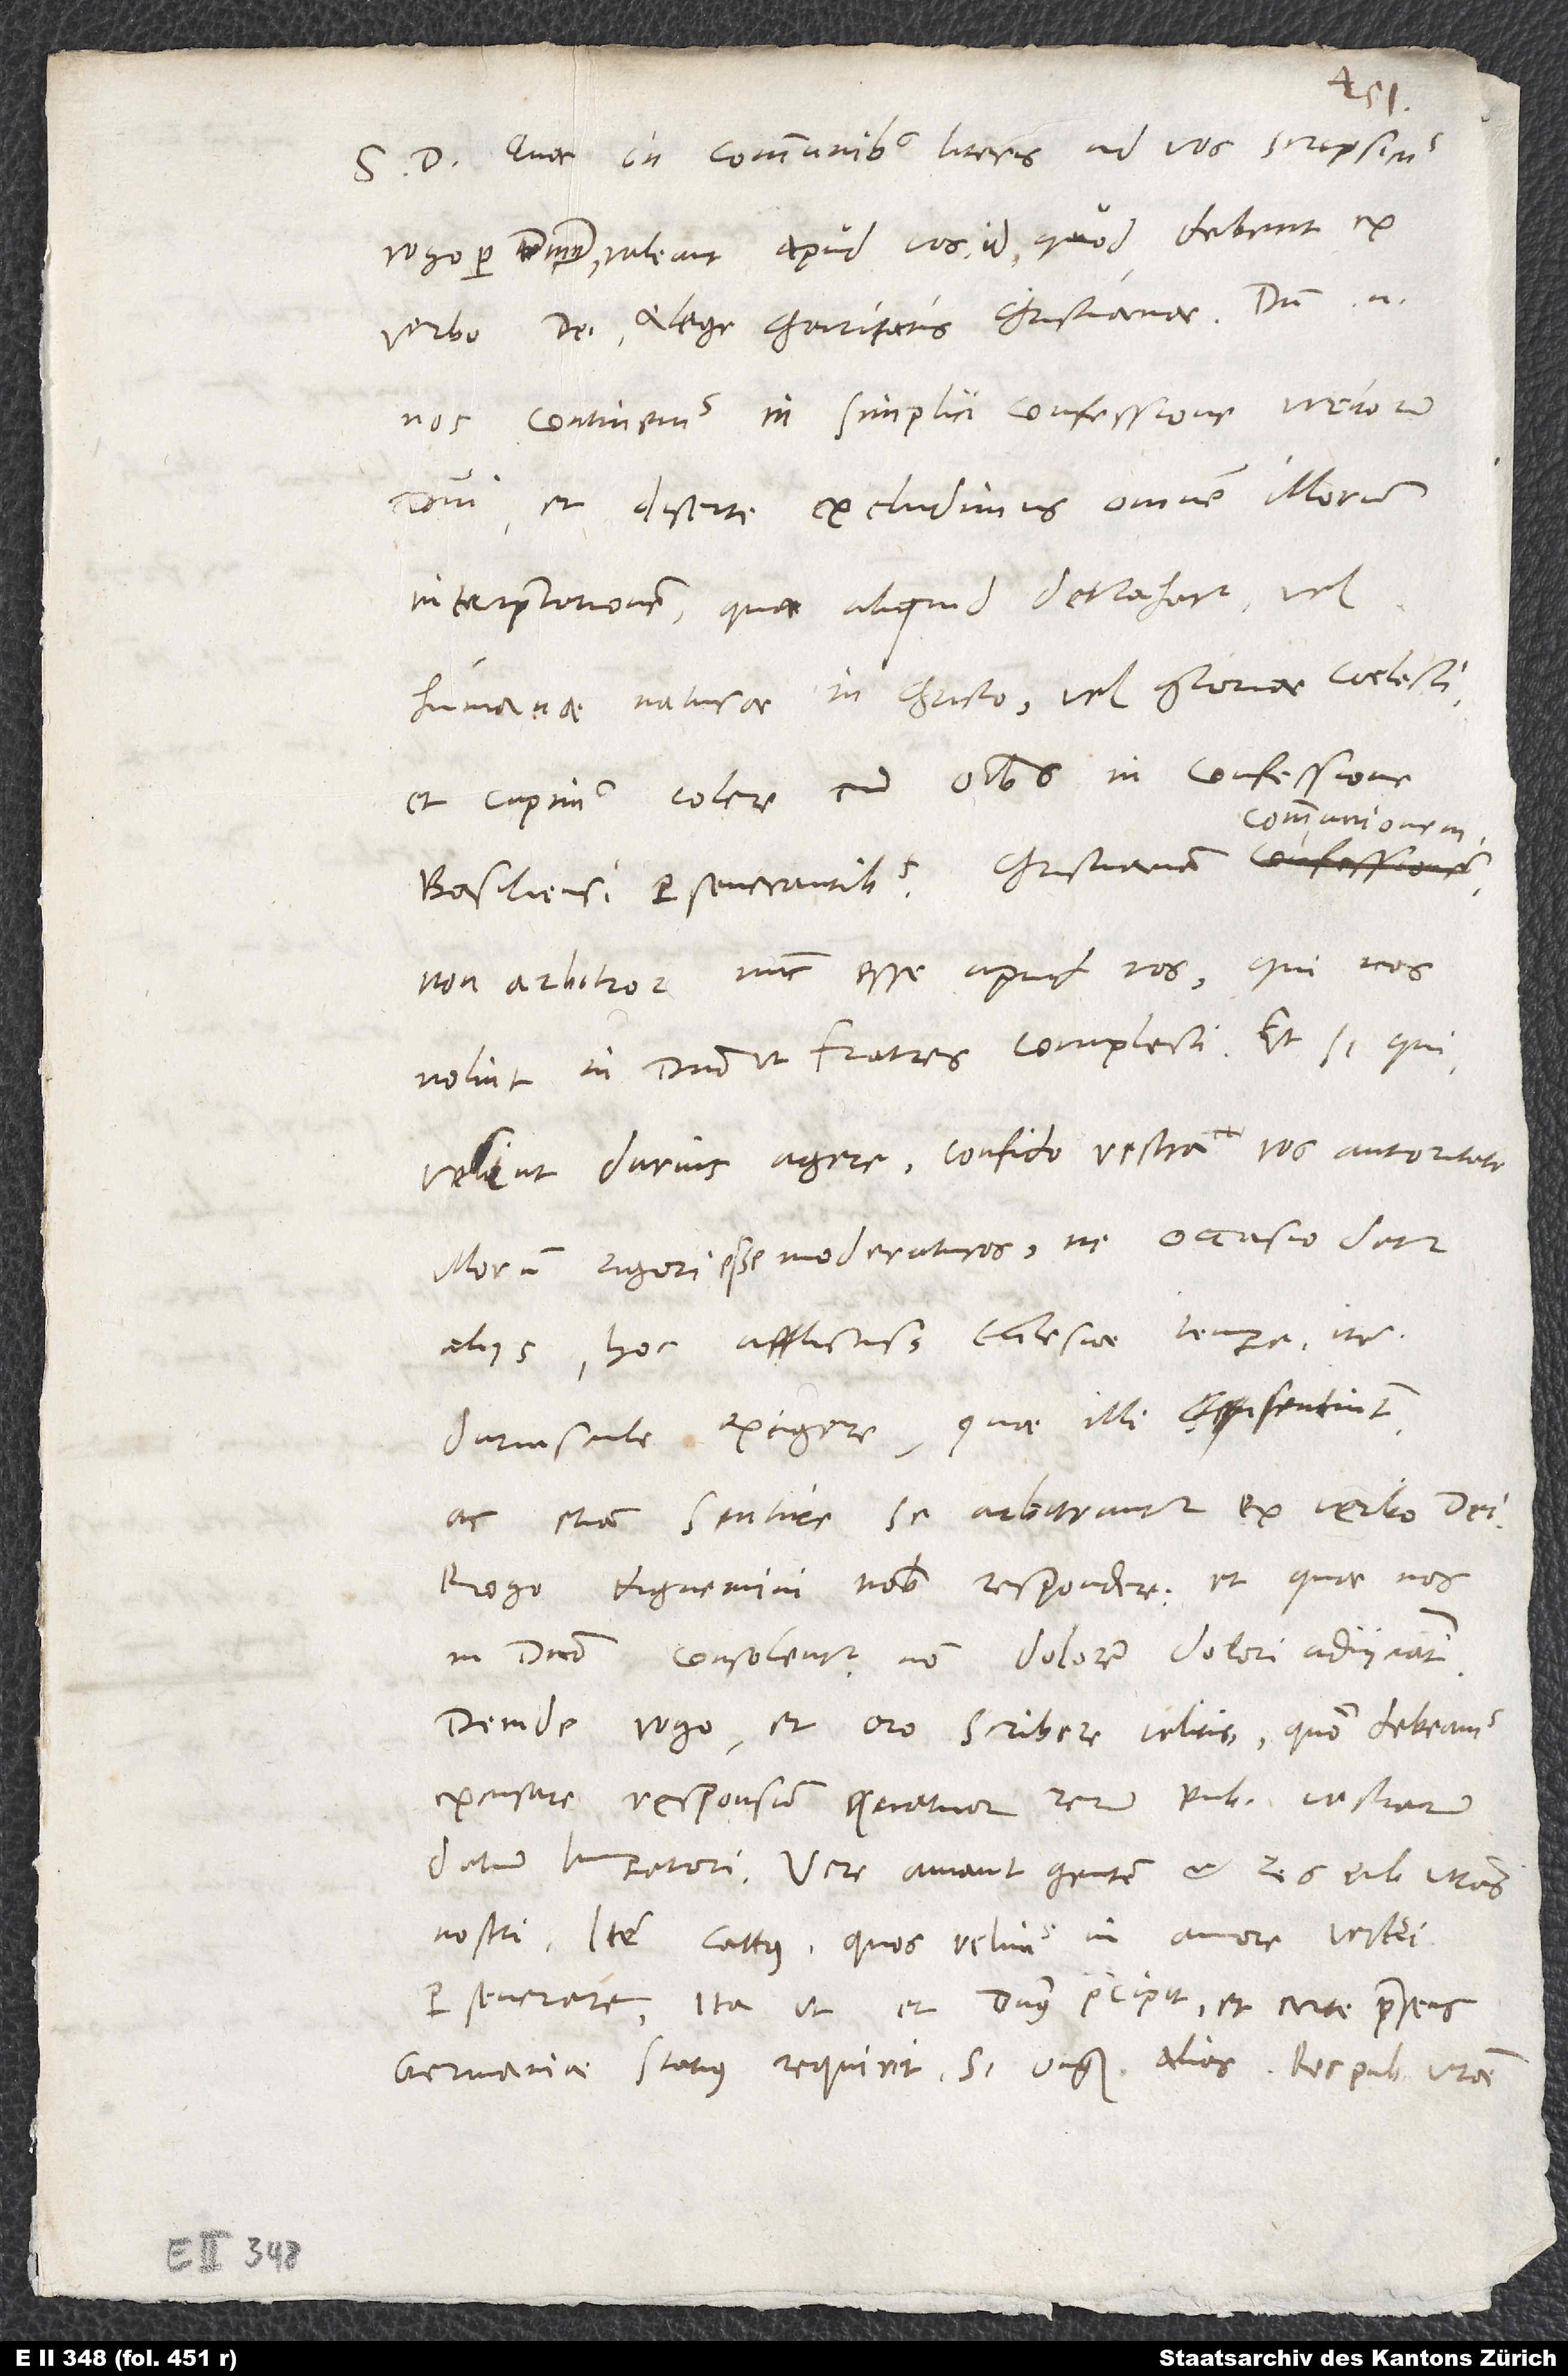
S. D. Quae in communibus literis ad vos scripsimus,
rogo per dominum, valeant apud vos id, quod debent ex
verbo dei et lege charitatis christianae. Dum enim
nos continemus in simplici confessione verborum
domini et diserte excludimus omnem illorum
interpretationem, qua aliquid detrahatur vel
humanae naturae in Christo vel gloriae coelesti,
et cupimus colere cum omnibus in confessione
communionem,
Basiliensi perseverantibus christianam
non arbitror nunc esse apud vos, qui nos
nolint in domino ut fratres complecti. Et siqui
velint durius agere, confido vestra vos autoritate
illorum rigori esse moderaturos, ne occasio detur
aliis hoc afflictissimo ecclesiae tempore item
duriuscule exigere, quae illi sentiunt,
ac etiam sentire se arbitrantur ex verbo dei.
Rogo, dignemini nobis respondere, et quae nos
in domino consolentur, non dolorem dolori adiiciant!
Deinde rogo et oro scribere velitis, quomodo debeamus
excusare responsum quatuor rerumpublicarum vestrarum
datum imperatori. Vere amant gentem et respublicas vestras
nostri; item Cattus, quos velimus in amore vestri
perseverare, ita ut et dominus praecipit et certe praesens